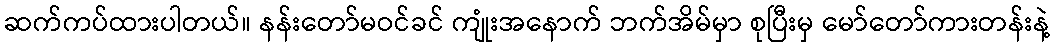
ဆက်ကပ်ထားပါတယ်။ နန်းတော်မဝင်ခင် ကျုံးအနောက် ဘက်အိမ်မှာ စုပြီးမှ မော်တော်ကားတန်းနဲ့